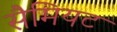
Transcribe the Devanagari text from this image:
सैमियट